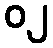
၀၂